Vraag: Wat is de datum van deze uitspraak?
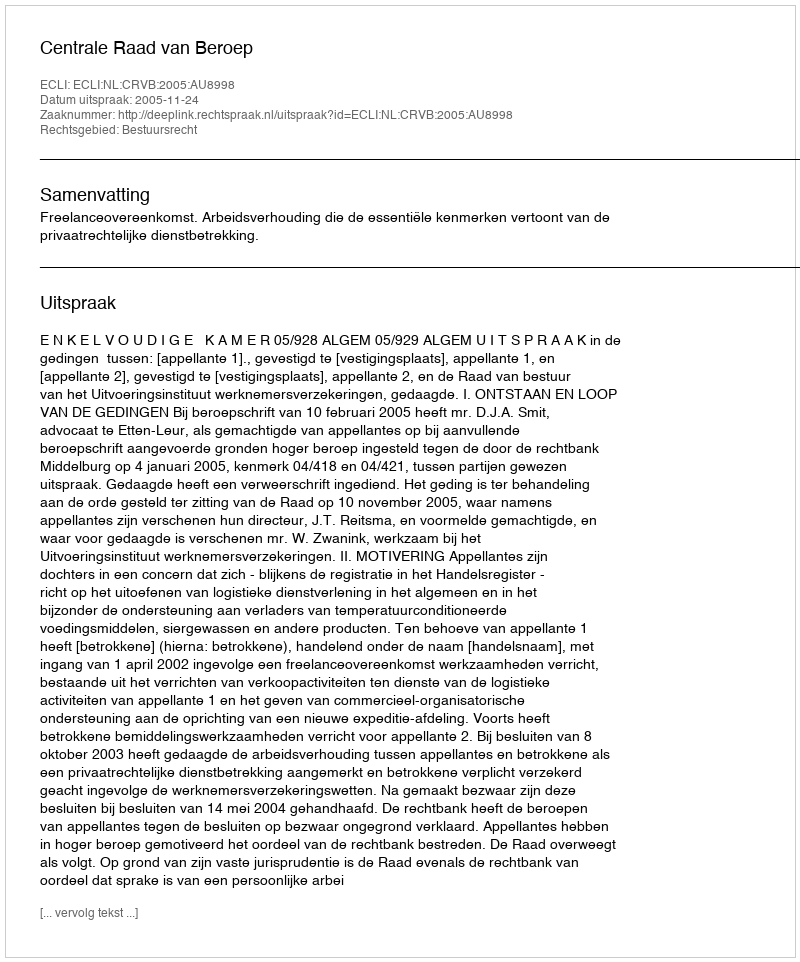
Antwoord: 2005-11-24